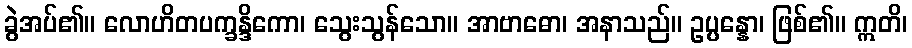
ခွဲအပ်၏။ လောဟိတပက္ခန္ဒိကော၊ သွေးသွန်သော။ အာဗာဓော၊ အနာသည်။ ဥပ္ပန္နော၊ ဖြစ်၏။ ဣတိ၊